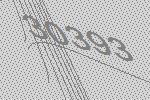
30393